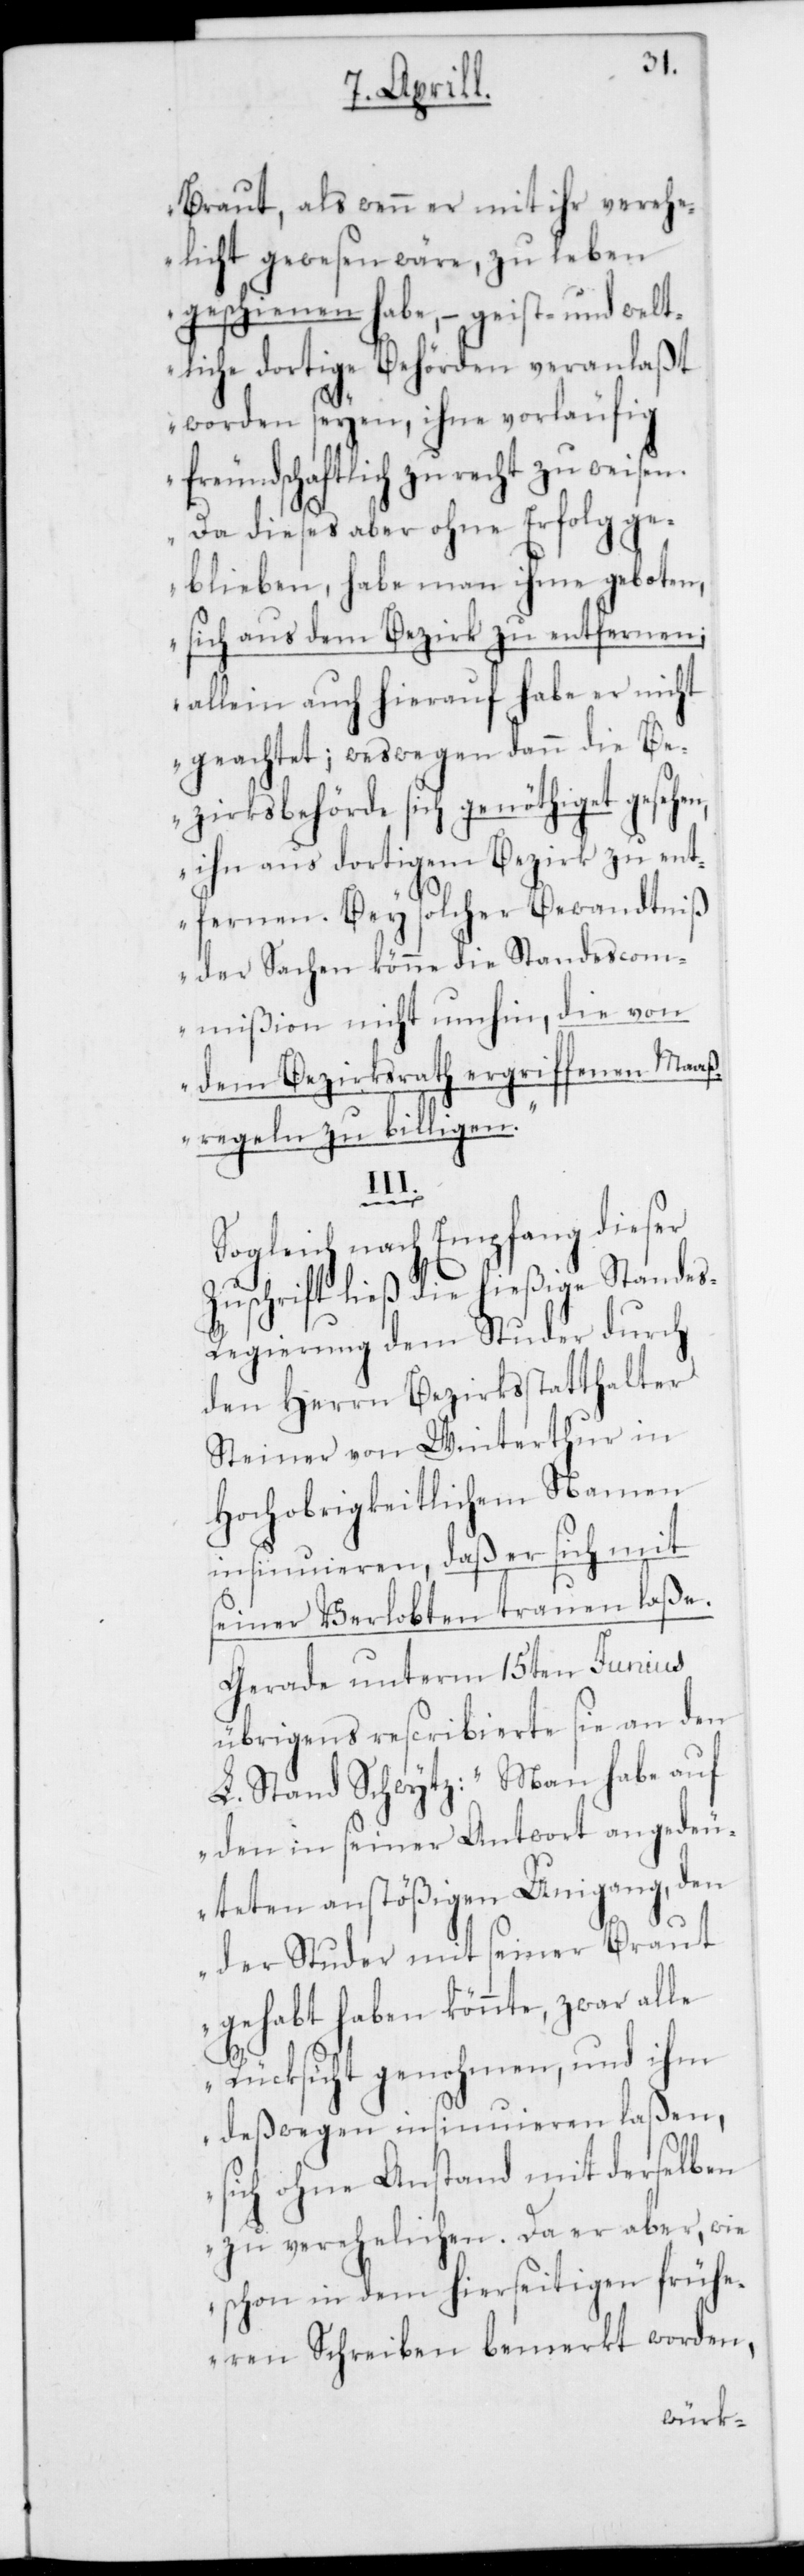
Braut, als wenn er mit ihr verehe¬
licht gewesen wäre, zu leben
geschienen habe, – geist- und welt¬
liche dortige Behörden veranlaßt
worden seyen, ihne vorläufig
freundschaftlich zurecht zu weisen.
Da dieses aber ohne Erfolg ge¬
blieben, habe man ihme geboten,
sich aus dem Bezirk zu entfernen;
allein auch hierauf habe er nicht
geachtet; weswegen dann die Be¬
zirksbehörde sich genöthiget gesehen,
ihn aus dortigem Bezirk zu ent¬
fernen. Bey solcher Bewandtniß
der Sachen könne die Standescom¬
mißion nicht umhin, die von
dem Bezirksrath ergriffenen Maaß¬
regeln zu billigen.“
III.
Sogleich nach Empfang dieser
Zuschrift ließ die hießige Stande¬
s-Regierung dem Studer durch
den Herrn Bezirksstatthalter
Steiner von Winterthur in
Hochobrigkeitlichem Namen
insinuieren, daß er sich mit
seiner Verlobten trauen laße.
Gerade unterm 15ten Junius
übrigens rescribierte sie an den
L. Stand Schwytz: „Man habe auf
den in seiner Antwort angedeu¬
teten anstößigen Umgang, den
der Studer mit seiner Braut
gehabt haben könnte, zwar alle
Rücksicht genohmen, und ihm
deßwegen insinuieren laßen,
sich ohne Anstand mit derselben
zu verehelichen. Da er aber, wie
schon in den hierseitigen frühe¬
ren Schreiben bemerkt worden,